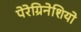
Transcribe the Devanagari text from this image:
पेरेग्रिनेशियो